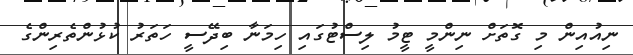
ނިއުއިން މި ގޮތަށް ނިންމީ ޓީމު ލިސްޓުގައި ހިމަނާ ބިދޭސީ ހަތަރު ކުޅުންތެރިންގެ